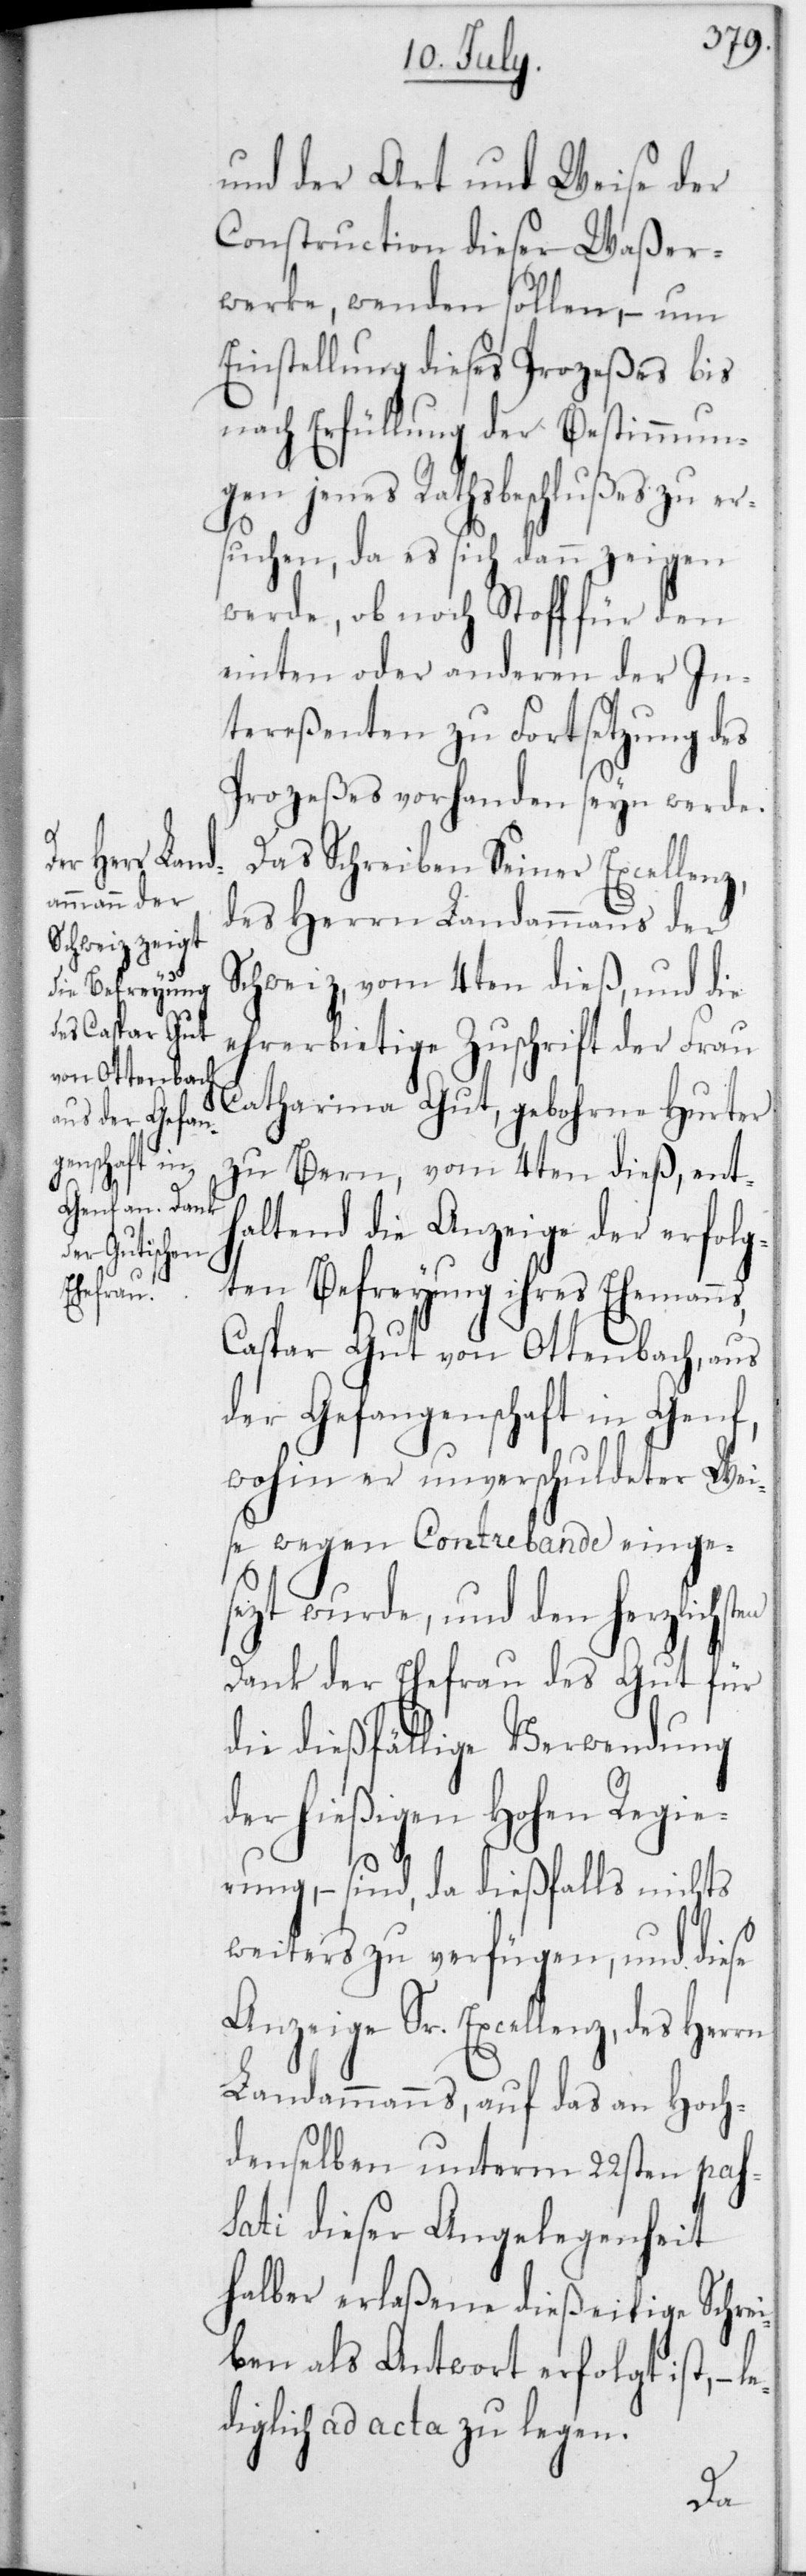
und der Art und Weise der
Construction dieser Waßer¬
werke, wenden sollen, – um
Einstellung dieses Prozeßes bis
nach Erfüllung der Bestimmun¬
gen jenes Rathsbeschlußes zu er¬
suchen, da es sich dann zeigen
werde, ob noch Stoff für den
einten oder anderen der In¬
tereßenten zu Fortsetzung des
Prozeßes vorhanden seyn werden.
Das Schreiben Seiner Excellenz,
des Herrn Landammanns der
Schweiz, vom 4ten dieß, und die
ehrerbietige Zuschrift der Frau
Catharina Gut, gebohrne Hurter
zu Bern, vom 4ten dieß, enth¬
altend die Anzeige der erfolg¬
ten Befreyung ihres Eheman¬
Caspar Gut von Ottenbach, aus
der Gefangenschaft in Genf,
wohin er unverschuldeter Wei¬
se wegen Contrebande einge¬
sezt wurde, und den herzlichs¬
Dank der Ehefrau des Gut für
die dießfällige Verwendung
der hießigen Hohen Regie¬
rung, – sind, da dießfalls nichts
weiters zu verfügen, und diese
Anzeige Sr. Excellenz, des Herrn
Landammanns, auf das an Hoch¬
denselben unterm 22sten pas¬
sati dieser Angelegenheit
halber erlaßene dießeitige Schrei¬
ben als Antwort erfolgt ist, –
diglich ad acta zu legen.
le¬